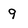
Character: 9